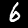
Label: 6